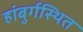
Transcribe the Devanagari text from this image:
हांबुर्गस्थित